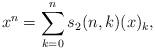
LaTeX: \begin{align*} x^n = \sum_{k=0}^n s_2 (n,k) (x)_k,\end{align*}